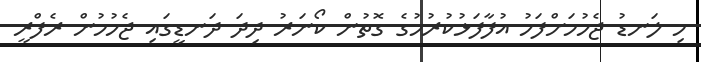
މި ލަނޑު ޖެހުމަށްފަހު އުފާފަޅުކުރުމުގެ ގޮތުން ކޯނަރު ދިދަ ދަނޑީގައި ޖެހުމުން ރެފްރީ